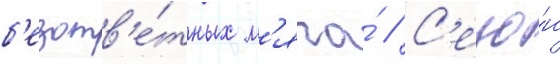
б'езотв'е́тных м'яча́ // С'езо́н